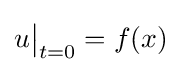
u{\big |}_{t=0}=f(x)